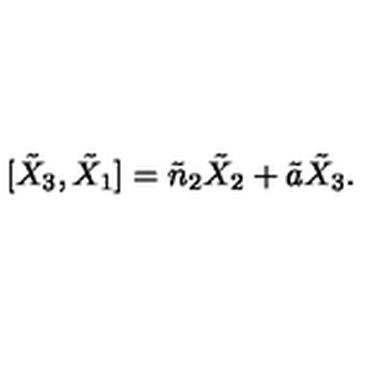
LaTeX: [ \tilde { X } _ { 3 } , \tilde { X } _ { 1 } ] = \tilde { n } _ { 2 } \tilde { X } _ { 2 } + \tilde { a } \tilde { X } _ { 3 } .